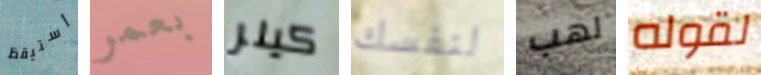
أستيقظ بعمر كيلر لنفسك لهب لقوله